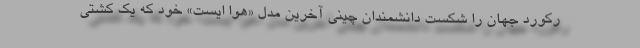
رکورد جهان را شکست دانشمندان چینی آخرین مدل «هوا ایست» خود که یک کشتی